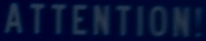
ATTENTION!